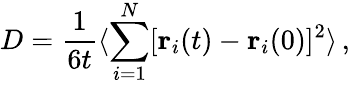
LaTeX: D=\frac{1}{6t}\langle\sum_{i=1}^{N}[\mathbf{r}_{i}(t)-\mathbf{r}_{i}(0)]^{2}\rangle\, ,